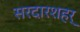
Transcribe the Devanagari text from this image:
सरदारशहर्